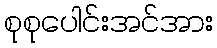
စုစုပေါင်းအင်အား